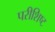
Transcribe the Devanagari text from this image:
परीशिष्ट